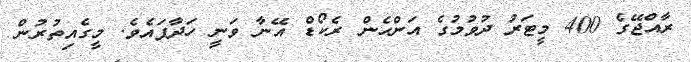
ރާއްޖޭގެ 400 މީޓަރު ދުވުމުގެ އަންހެން ރެކޯޑް އޭނާ ވަނީ ހަދާފައެވެ. މީގެއިތުރުން